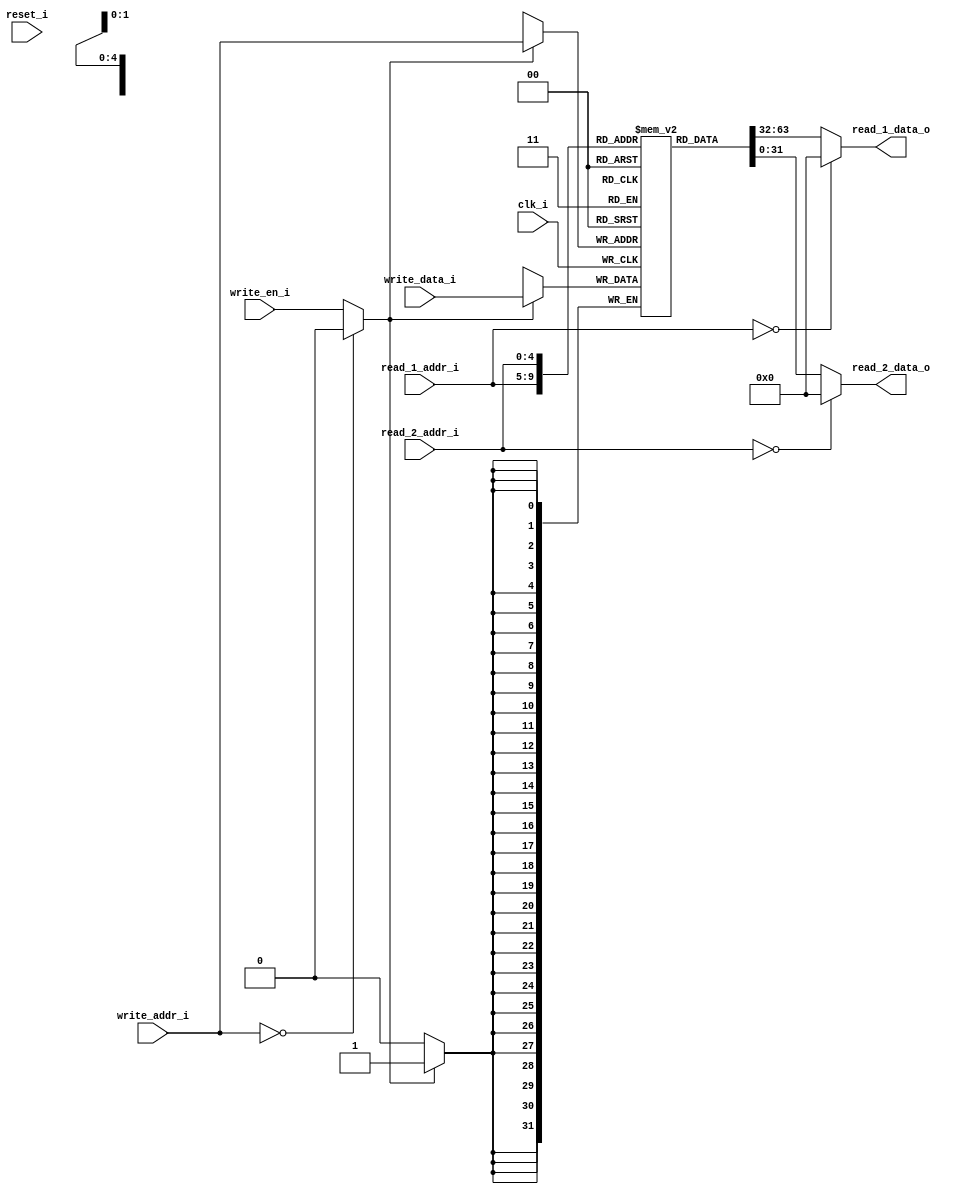
/*

	Registers

*/

module registers
#(
parameter DATA_WIDTH=32,
parameter REGISTERS_NUMBER=32,
parameter ADDR_BUS_WIDTH=5
)
(

input clk_i,
input reset_i,

input write_en_i,
input [ADDR_BUS_WIDTH-1:0] write_addr_i,
input [ADDR_BUS_WIDTH-1:0] read_1_addr_i,
input [ADDR_BUS_WIDTH-1:0] read_2_addr_i,
input [DATA_WIDTH-1:0] write_data_i,

output [DATA_WIDTH-1:0] read_1_data_o,
output [DATA_WIDTH-1:0] read_2_data_o

);

wire write_en_int;
reg [DATA_WIDTH-1:0] GPRx[REGISTERS_NUMBER-1:0];


integer cnt;

initial
begin
		for(cnt = 1; cnt < REGISTERS_NUMBER; cnt=cnt+1)
		begin
			GPRx[cnt] = 0;
		end
end

assign read_1_data_o = (read_1_addr_i == 5'b00000) ? 0 : GPRx[read_1_addr_i];
assign read_2_data_o = (read_2_addr_i == 5'b00000) ? 0 : GPRx[read_2_addr_i];
assign write_en_int = (write_addr_i == 5'b00000) ? 0 : write_en_i;

always @(posedge clk_i)
begin
 if(write_en_int)
	begin
			GPRx[write_addr_i] <= write_data_i;
	end
end





endmodule